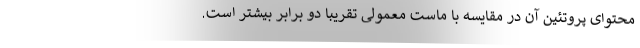
محتوای پروتئین آن در مقایسه با ماست معمولی تقریبا دو برابر بیشتر است.